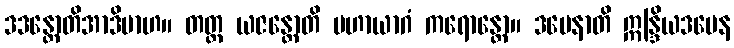
ဒဒန္တောတိအာဒိမာဟ။ တတ္ထ ယဇန္တောတိ မဟာယာဂံ ကရောန္တော။ ဒမေနာတိ ဣန္ဒြိယဒမေန